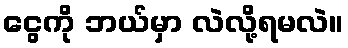
ငွေကို ဘယ်မှာ လဲလို့ရမလဲ။